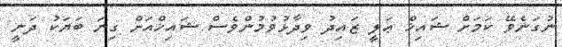
ނުގަނެވޭ ކަމަށް ޝައިޚް ޢަލީ ޒައިދު ވިދާޅުވުމުންވެސް ޝައިޚްއަށް ގިނަ ބަޔަކު ދަނީ